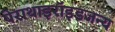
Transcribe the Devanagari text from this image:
पेराथाइरॉइडजन्य